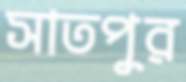
সাতপুর